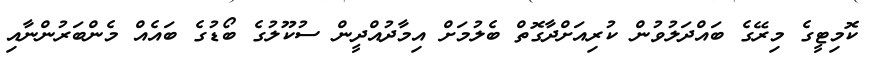
ކޮމިޓީގެ މިރޭގެ ބައްދަލުވުން ކުރިއަށްދާގޮތް ބެލުމަށް އިމާދުއްދީން ސުކޫލުގެ ބޯޑުގެ ބައެއް މެންބަރުންނާއި